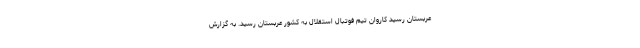
عربستان رسید کاروان تیم فوتبال استقلال به کشور عربستان رسید. به گزارش